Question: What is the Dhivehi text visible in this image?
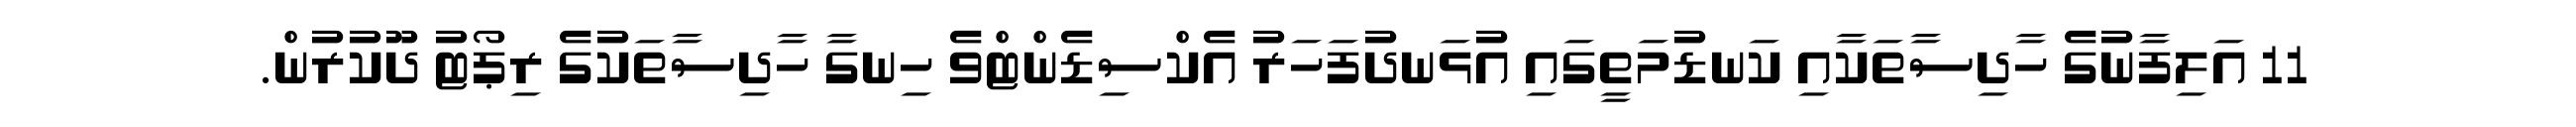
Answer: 11 އަލިފާނުގެ ހާދިސާތަކާއި ކަނޑުމަތީގައި އުޅަނދުފަހަރު އެކްސިޑެންޓްވެ ހިނގާ ހާދިސާތަކުގެ ރިޕޯޓު ދޫކުރުން.